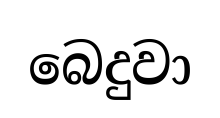
බෙදුවා